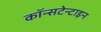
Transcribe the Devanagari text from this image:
कॉन्सटेन्टाइन